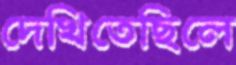
দেখিতেছিলে